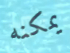
يمكنه